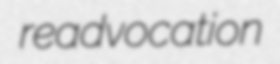
readvocation